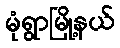
မုံရွာမြို့နယ်